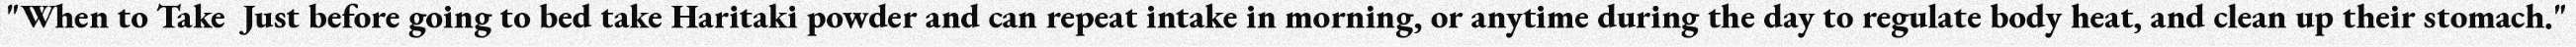
"When to Take  Just before going to bed take Haritaki powder and can repeat intake in morning, or anytime during the day to regulate body heat, and clean up their stomach."